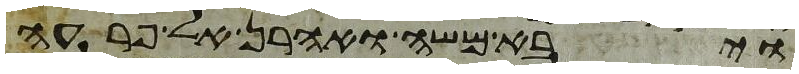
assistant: ויבא משה ואהרן אל פרעה